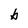
Character: b